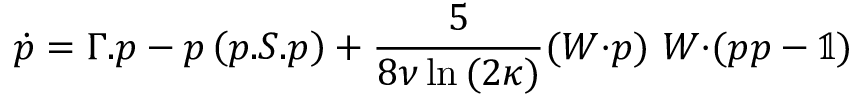
\boldsymbol { \dot { p } } = \boldsymbol { \Gamma } . \boldsymbol { p } - \boldsymbol { p } \left( \boldsymbol { p } . \boldsymbol { S } . \boldsymbol { p } \right) + \frac { 5 } { 8 \nu \ln { ( 2 \kappa ) } } ( \boldsymbol { W } { \cdot } \boldsymbol { p } ) ~ \boldsymbol { W } { \cdot } ( \boldsymbol { p } \boldsymbol { p } - \mathbb { 1 } )